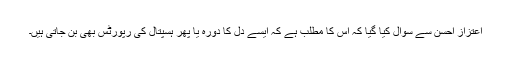
اعتزاز احسن سے سوال کیا گیا کہ اس کا مطلب ہے کہ ایسے دل کا دورہ یا پھر ہسپتال کی رپورٹس بھی بن جاتی ہیں۔